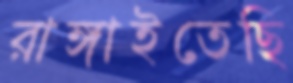
রাঙ্গাইতেছি